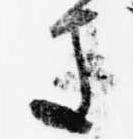
き